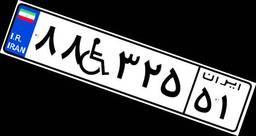
۸۸W۳۲۵۵۱